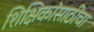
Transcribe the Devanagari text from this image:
शिक्षिकांसाठीचा